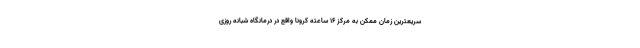
سریعترین زمان ممکن به مرکز ۱۶ ساعته کرونا واقع در درمانگاه شبانه روزی